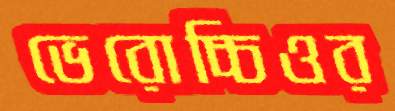
ভেরোচ্চিওর